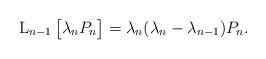
LaTeX: \begin{align*}\operatorname L_{n-1} \big[\lambda_n P_n\big] = \lambda_n(\lambda_n - \lambda_{n-1} ) P_n.\end{align*}